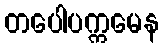
တပေါပက္ကမေန